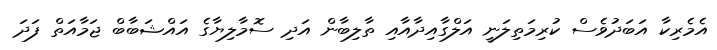
އެމެރިކާ އަބަދުވެސް ކުރިމަތިލަނީ އަލްގާއިދާއާއި ތާލިބާން އަދި ސޮމާލިޔާގެ އައްޝަބާބް ޖަމާއަތް ފަދަ